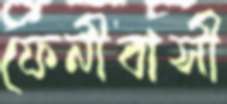
ফেনীবাসী